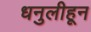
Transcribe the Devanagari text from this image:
धनुलीहून